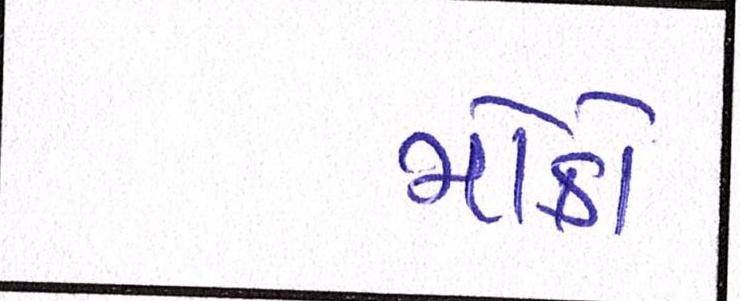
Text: મોકો